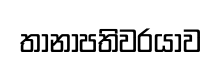
තානාපතිවරයාව